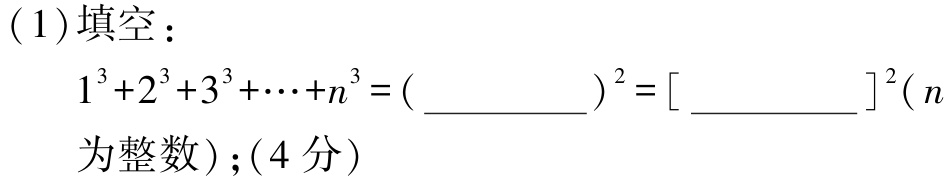
(1)填空：
\(1^{3}+2^{3}+3^{3}+\cdots +n^{3}=(\underline{\qquad\qquad})^{2}=[\underline{\qquad\qquad}]^{2}(n\)为整数\()\)；(4分)